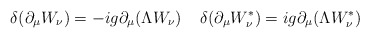
\begin{align*}\delta (\partial _{\mu} W_{\nu}) =-i g \partial _{\mu} (\Lambda W_{\nu})\; \; \; \;\delta (\partial _{\mu} W_{\nu} ^{\ast}) =i g \partial_{\mu} (\Lambda W_{\nu } ^{\ast} )\end{align*}